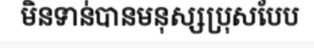
មិនទាន់បានមនុស្សប្រុសបែប